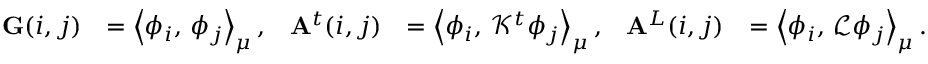
\begin{array} { r l r l r l } { \mathbf { G } ( i , j ) } & { = \left\langle \phi _ { i } , \, \phi _ { j } \right\rangle _ { \mu } , } & { \mathbf { A } ^ { t } ( i , j ) } & { = \left\langle \phi _ { i } , \, \mathcal { K } ^ { t } \phi _ { j } \right\rangle _ { \mu } , } & { \mathbf { A } ^ { L } ( i , j ) } & { = \left\langle \phi _ { i } , \, \mathcal { L } \phi _ { j } \right\rangle _ { \mu } . } \end{array}